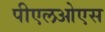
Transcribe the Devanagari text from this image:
पीएलओएस